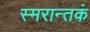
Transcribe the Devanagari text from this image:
स्मरान्तकं